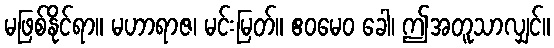
မဖြစ်နိုင်ရာ။ မဟာရာဇ၊ မင်းမြတ်။ ဧဝမေဝ ခေါ၊ ဤအတူသာလျှင်။